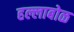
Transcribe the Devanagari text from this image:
हल्लाबोळ